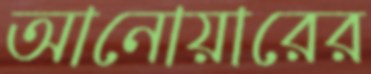
আনোয়ারের